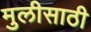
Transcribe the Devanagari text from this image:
मुलीसाठी